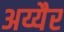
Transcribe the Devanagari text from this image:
अय्यैर